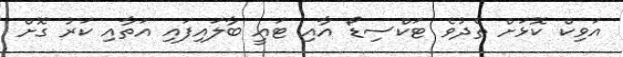
އަވިކް ކޮޅަށް ތެދުވެ ޓަކްސިޑޯ އާއި ޓައީ ބާލައިފައި އަތާއި ކަރު ގޮށް